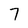
Character: 7